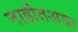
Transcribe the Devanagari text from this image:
नाहीतअशा